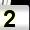
Digit: 2